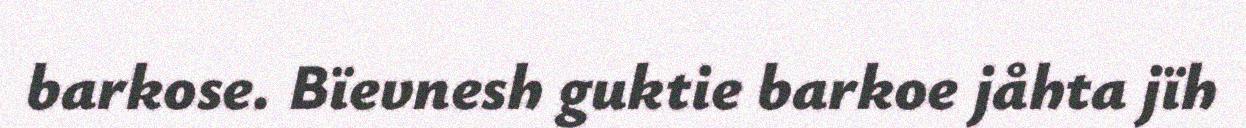
barkose. Bïevnesh guktie barkoe jåhta jïh